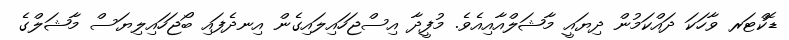
ޑޮކްޓަރ ވާހަކަ ދައްކަމުން ދިޔައީ މާޝަލްއާއިއެވެ. މުފީދާ އިސްޖަހައިލައިގެން އިނދެފައި ބޯޖަހައިލިޔަސް މާޝަލްގެ